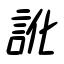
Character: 訛